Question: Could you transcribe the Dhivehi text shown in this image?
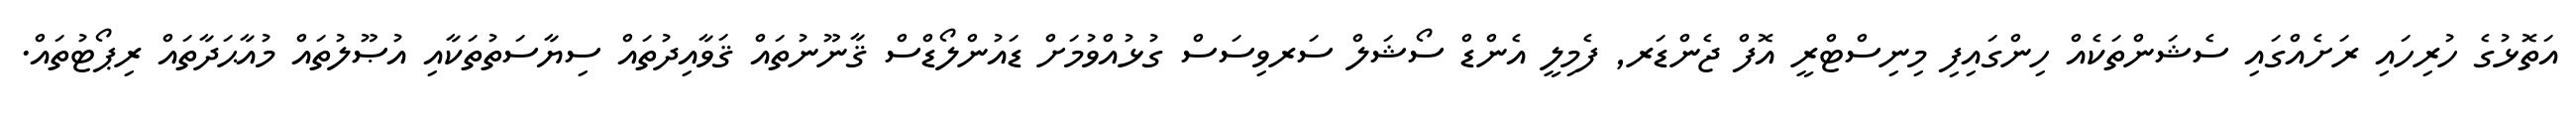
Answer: އަތޮޅުގެ ހުރިހައި ރަށެއްގައި ސެޝަންތަކެއް ހިންގައިފި މިނިސްޓްރީ އޮފް ޖެންޑަރ, ފެމިލީ އެންޑް ސޯޝަލް ސަރވިސަސް ގުޅުއްވުމަށް ޑައުންލޯޑްސް ޤާނޫނުތައް ޤަވާއިދުތައް ސިޔާސަތުތަކާއި އުޞޫލުތައް މުއާޙަދާތައް ރިޕޯޓުތައް.